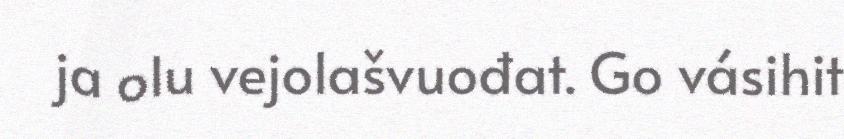
ja olu vejolašvuođat. Go vásihit